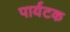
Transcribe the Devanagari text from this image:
पार्यटक